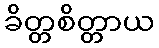
ခိတ္တစိတ္တာယ